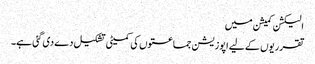
الیکشن کمیشن میں
تقرریوں کے لیے اپوزیشن جماعتوں کی کمیٹی تشکیل دے دی گئی ہے۔